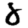
Digit: 8